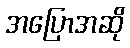
အပြောအဆို